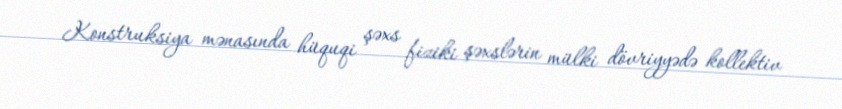
Konstruksiya mənasında hüquqi şəxs fiziki şəxslərin mülki dövriyyədə kollektiv